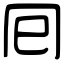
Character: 囘